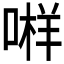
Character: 𱓫